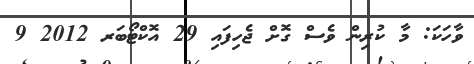
ވާހަކަ: މާ ކުރިން ވެސް ގޮށް ޖެހިފައި 29 އޮކްޓޯބަރ 2012 9